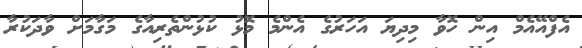
އެފްއޭއެމް އިން ހޮވާ މިދިޔަ އަހަރުގެ އެންމެ މޮޅު ކުޅުންތެރިއާގެ މަގާމަށް ވާދަކުރާ